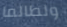
ولطالما